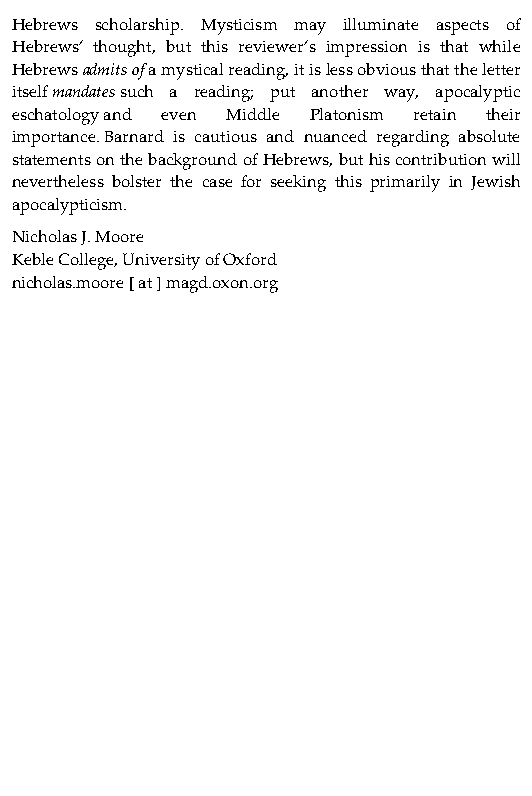
Hebrews scholarship. Mysticism may illuminate aspects of
 Hebrews’ thought, but this reviewer’s impression is that while
 Hebrews admits of a mystical reading, it is less obvious that the letter
 itself mandates such a reading; put another way, apocalyptic
 eschatology and even Middle Platonism retain their
 importance. Barnard is cautious and nuanced regarding absolute
 statements on the background of Hebrews, but his contribution will
 nevertheless bolster the case for seeking this primarily in Jewish
 apocalypticism.
 Nicholas J. Moore
 Keble College, University of Oxford
 nicholas.moore [ at ] magd.oxon.org